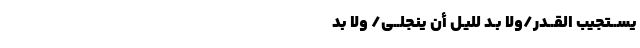
يســتجيب القــدرْ/ولا بُـدَّ لِلَّيـْلِ أنْ يَنْجَلِــي/ وَلا بُدَّ